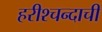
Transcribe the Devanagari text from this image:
हरीश्चन्दाची